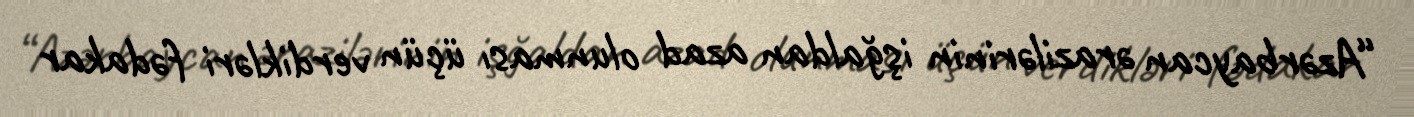
“Azərbaycan ərazilərinin işğaldan azad olunması üçün verdikləri fədakar